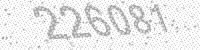
Solution: 226081